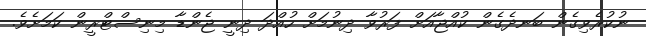
ނުކުރެވިގެން ބަނދެގެން ކުއްޖާއަށް ފަރުވާ ދިނުމަށް ހުއްދަ ދިނީ ޖެންޑާ މިނިސްޓްރީން ކަމަށެވެ.